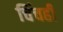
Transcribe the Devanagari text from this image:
चिंचही